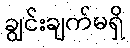
ချွင်းချက်မရှိ